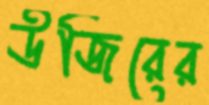
উজিরের